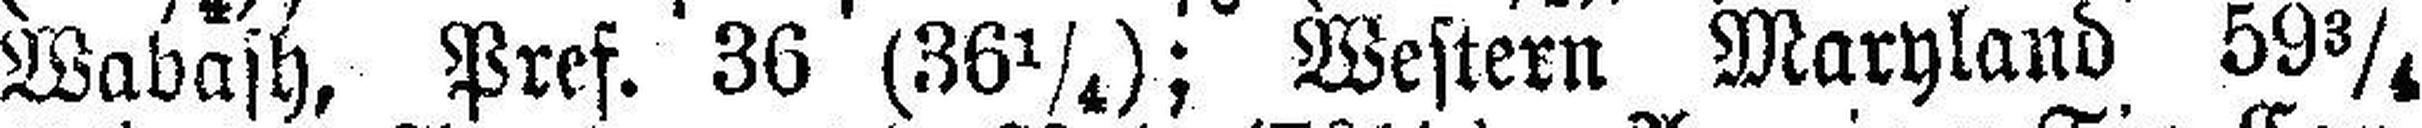
Wabash, Pref. 36 (36¼); Western Maryland 59¾